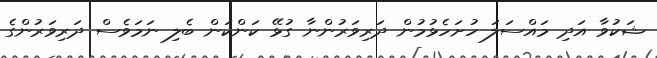
ޝަކުވާ އަދި މައްސަލަ ހުށަހެޅުމުން ދަރިވަރުންނާ ގުޅޭ ކަންކަން ބެލި ނަމަވެސް ދަރިވަރުންގެ